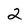
Character: 2